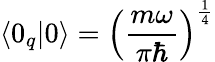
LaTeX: \langle 0_{q}|0\rangle=\left(\frac{m\omega}{\pi\hbar}\right)^{\frac{1}{4}}